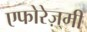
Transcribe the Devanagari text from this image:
एफोरेज़्मी